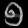
Digit: ၅